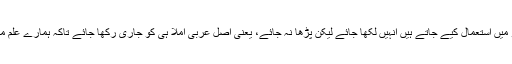
"عربی کے قاعدے کے مطابق بہت سارے الفاظ جو اردو میں استعمال کیے جاتے ہیں انہیں لکھا جائے لیکن پڑھا نہ جائے، یعنی اصل عربی املا ہی کو جاری رکھا جائے تاکہ ہمارے علم میں یہ رہے کہ یہ عربی زبان سے اردو میں رائج ہوا ہے۔